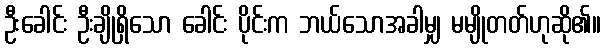
ဦးခေါင်း ဦးချိုရှိသော ခေါင်း ပိုင်းက ဘယ်သောအခါမျှ မမျိုတတ်ဟုဆို၏။